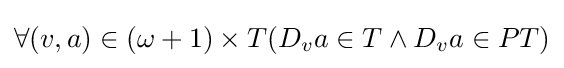
\forall (v,a)\in (\omega +1)\times T(D_{v}a\in T\land D_{v}a\in PT)